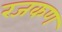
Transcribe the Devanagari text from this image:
रजकण